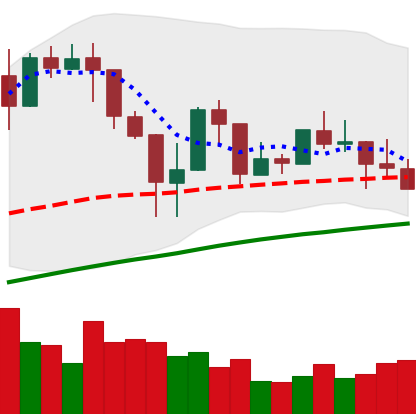
Ticker: LINK-USD
Chart end date: 2019-04-23
Forward return: -6.909%
Label: down_5_7